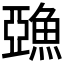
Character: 𩸇